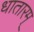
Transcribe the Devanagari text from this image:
धातारम्